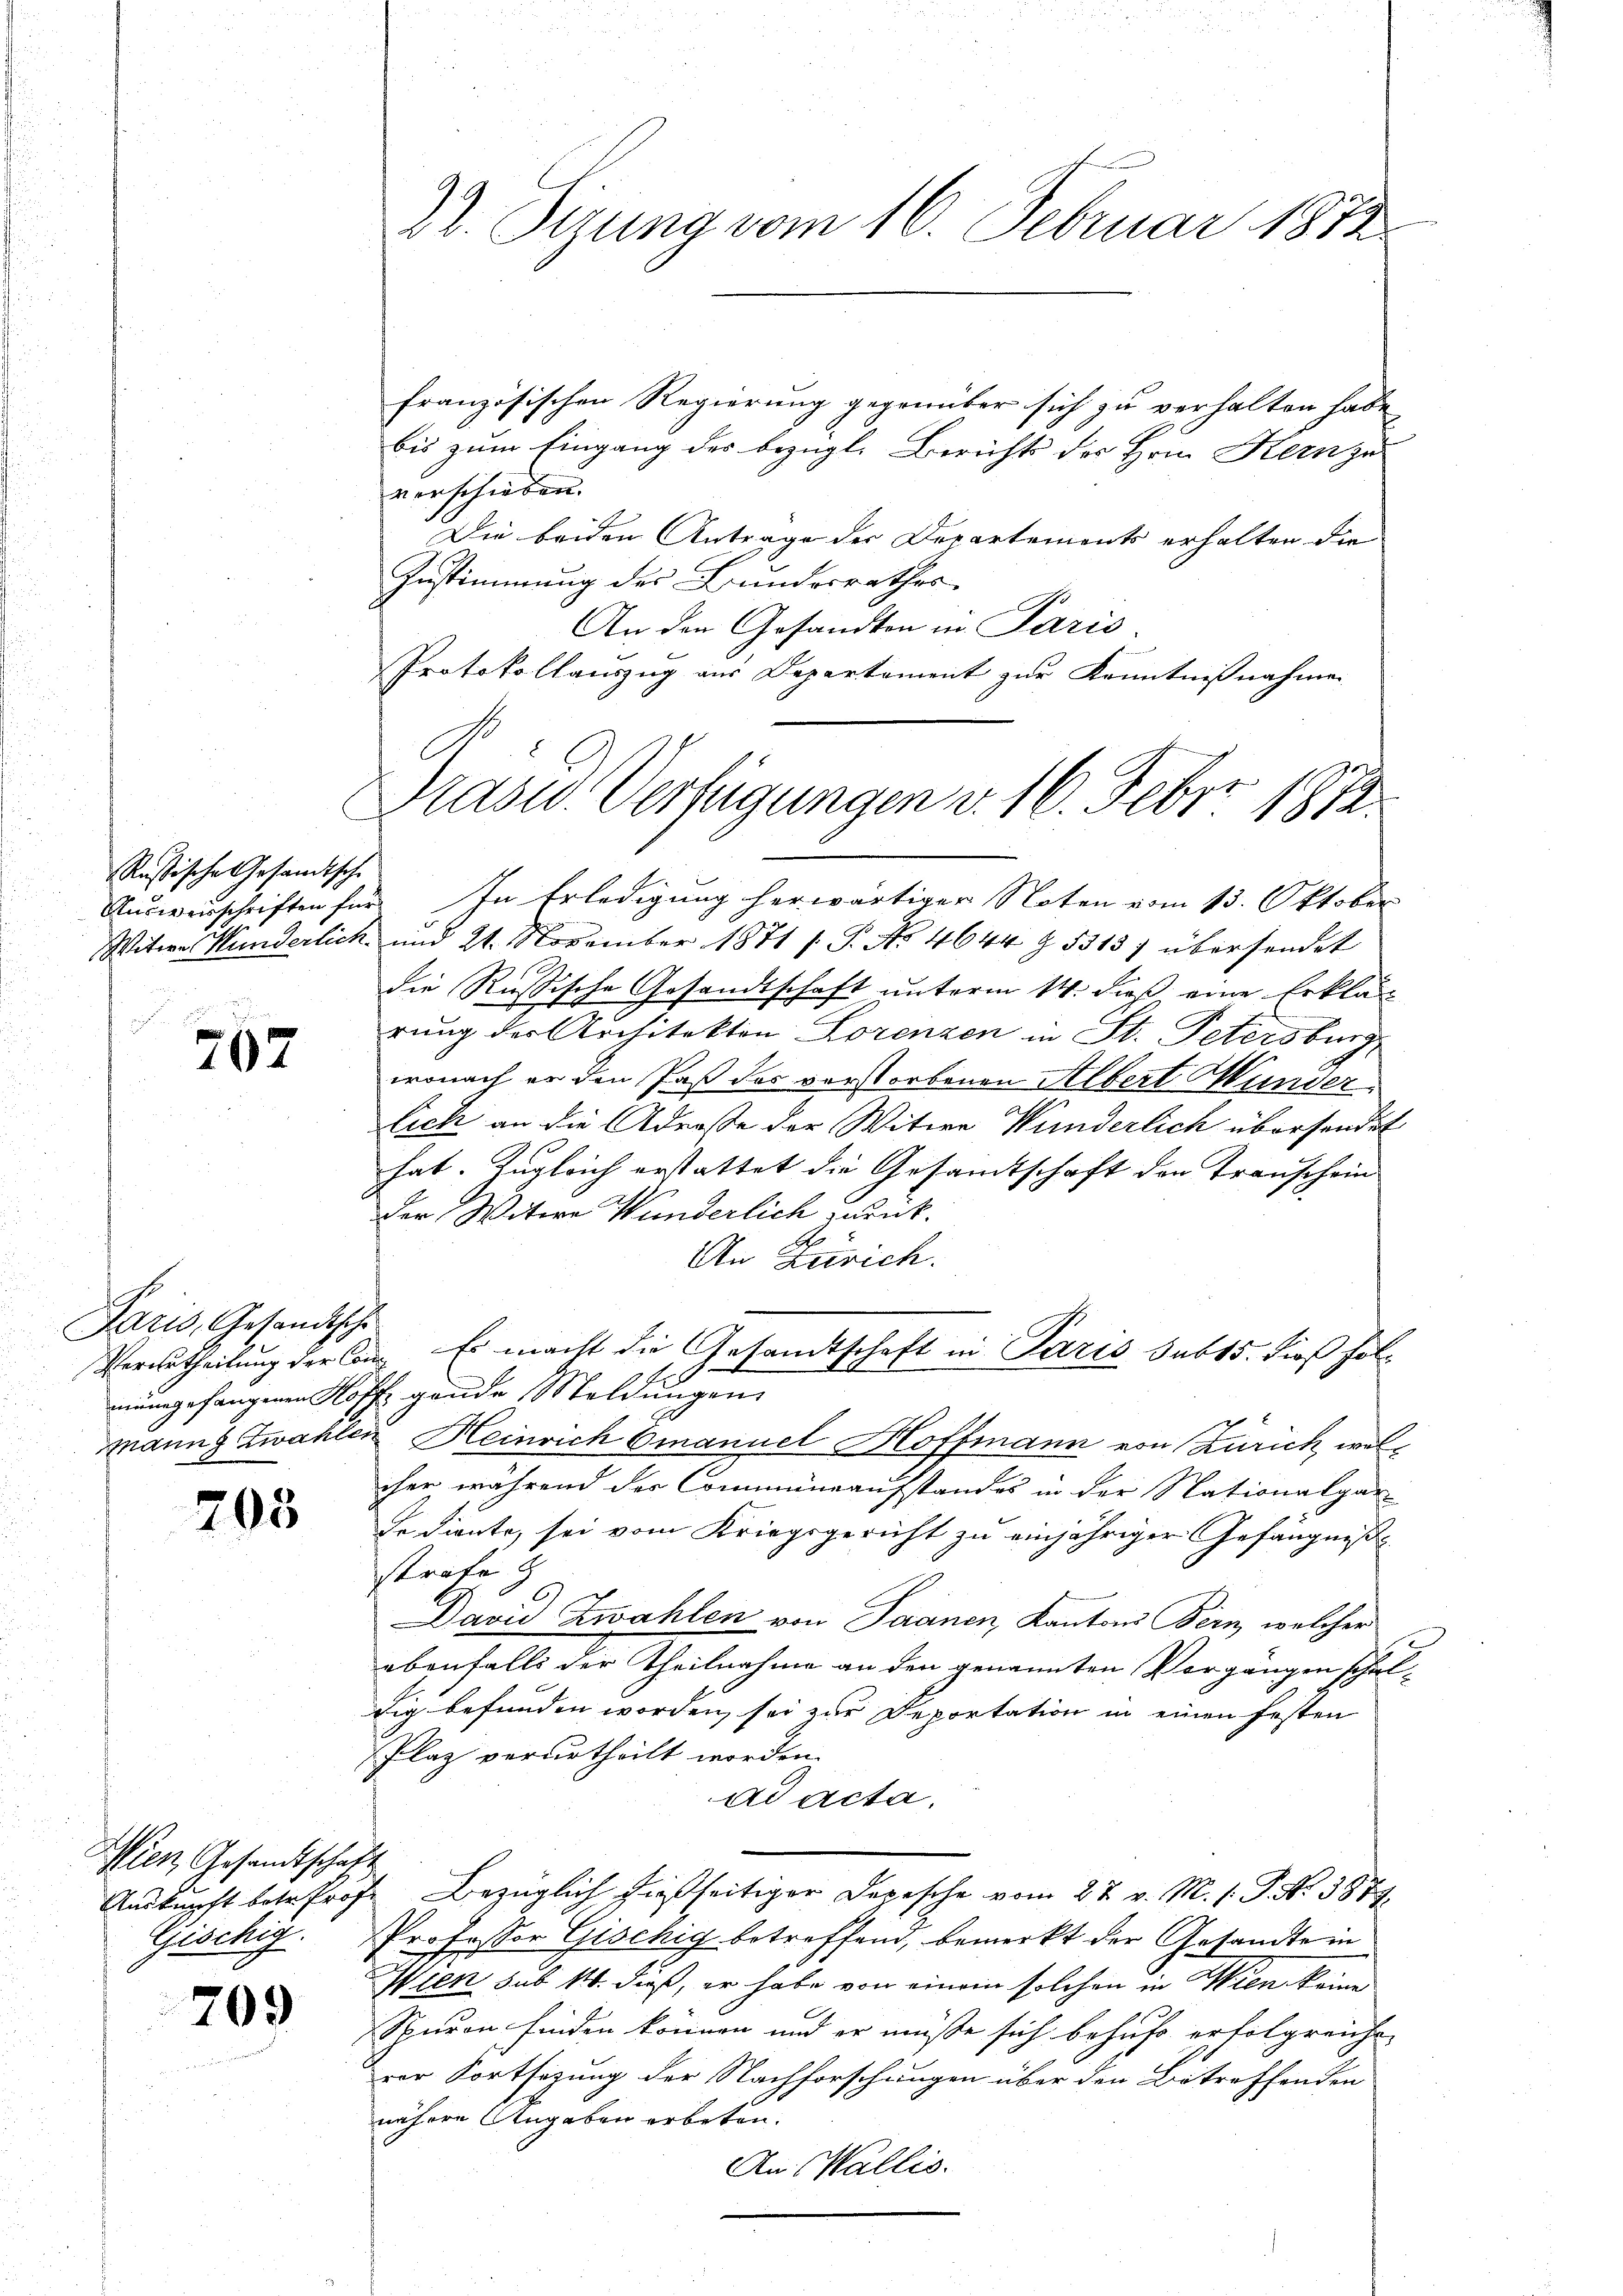
Rustische Gesandtsche
Ausweisschriften für

767

Paris, Gesandtsche

208

Wien Gesandtschaf
Auskunft betr. Prof.
Gischig.

709

22. Sirung vom 16. Februar 1872

französischen Regierung gegenüber sich zu verhalten habe,
bis zum Eingang des bezügl. Berichts des Hrnn Kern zu
verschieben.
Die beiden Antrage der Departements erhalten die
Zustimmung des Bundesrathes
An den Gesandten in Paris
Protokollauszug aus Departament zur Kenntnißnahmen
In Erledigung herwärtiger Noten vom 13. Oktober
Witwe Wunderlich und 21. November 1871 ( P. No 4644 Z. 53137 übersendet
die Russische Gesandtschaft unterm 14. dieß eine Erklär
rung der Architekton Lorenzen in St. Petersburg,
wonach er den Paß des verstorbenen Albert Wunder
lich an die Adresse der Witwe Wunderlich übersendet
hat. Zugleich erstattet die Gesamtschaft den Transchein
der Witwe Wunderlich zurück.
An Zürich.
Verurtheilung der Com. Es macht die Gesandtschaft in Paris sub 15. dieß folmungefangenen Hoff gande Meldungen
manns zwahlen Heinrich Emanuel Hoffmann von Zürich, weliher während der Commüneaufstandes in der Nationalgar
Ie diente, sei vom Kriegsgericht zu einjähriger Gefängniß
strafe
.
David Zwahlen von Saanen, Kantons Bern, welcher
ebenfalls der Theilnahme an den genannten Vorgängen schaldig befunden worden, sei zur Deportation in einen festen
Plaz verurtheilt worden.
ad acta.
.
Bezüglich hießseitiger Depesche vom 27. v. M. s. P. Nr. 3877.
Professor Geschig betreffend, bemerkt der Gesandte in
Wien sub 14. dieß, er habe von einem solchen in Wien keine
Spuren finden können und er müsse sich behufs erfolgreiche,
rer Fortsezung der Nachforschungen über den Betreffenden
nähere Angaben erbeten.
An Wallis.

Prasw. Verfügungen v. 16. Feber 1872